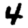
Digit: 4